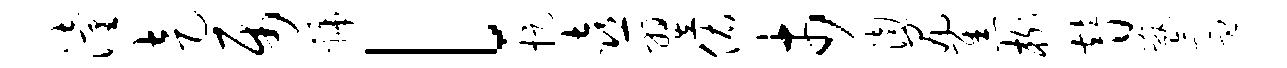
潼走属虢l捉喜翌佑市渤尻焦榭替甑氲